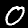
Label: 0